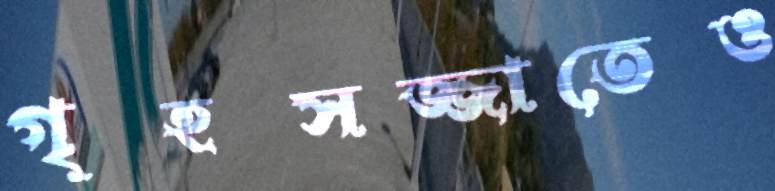
গৃহসজ্জাতেও